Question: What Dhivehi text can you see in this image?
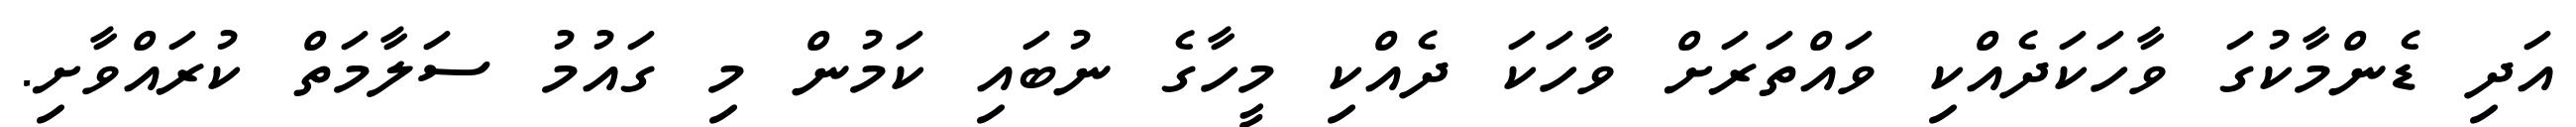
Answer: އަދި ޑެންމާކުގަ ވާހަކަދެއްކި ވައްތަރަށް ވާހަކަ ދެއްކި މީހާގެ ނުބައި ކަމުން މި ގައުމު ސަލާމަތް ކުރައްވާށި.